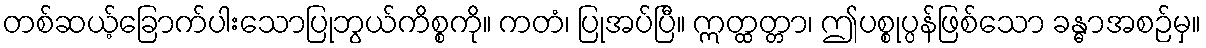
တစ်ဆယ့်ခြောက်ပါးသောပြုဘွယ်ကိစ္စကို။ ကတံ၊ ပြုအပ်ပြီ။ ဣတ္ထတ္တာ၊ ဤပစ္စုပ္ပန်ဖြစ်သော ခန္ဓာအစဉ်မှ။